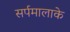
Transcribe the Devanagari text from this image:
सर्पमालाके